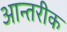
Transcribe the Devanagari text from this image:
आन्तरीक